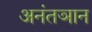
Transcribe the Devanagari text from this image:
अनंतञान